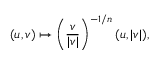
( u , v ) \mapsto \left( \frac { v } { | v | } \right) ^ { - 1 / n } ( u , | v | ) ,